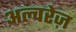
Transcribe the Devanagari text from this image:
अल्वरेज़